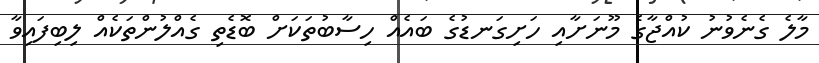
މާލެ ގެނެވުނު ކުއްޖާގެ މޫނަށާއި ހަށިގަނޑުގެ ބައެއް ހިސާބުތަކަށް ބޮޑެތި ގެއްލުންތަކެއް ލިބިފައިވާ